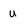
Character: u